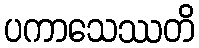
ပကာသေဿတိ